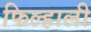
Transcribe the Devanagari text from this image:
फिल्हाली